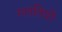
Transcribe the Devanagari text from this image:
गलतियों